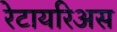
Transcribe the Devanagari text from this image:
रेटायरिअस